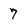
Character: 7